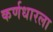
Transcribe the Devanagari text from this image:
कर्णधारला